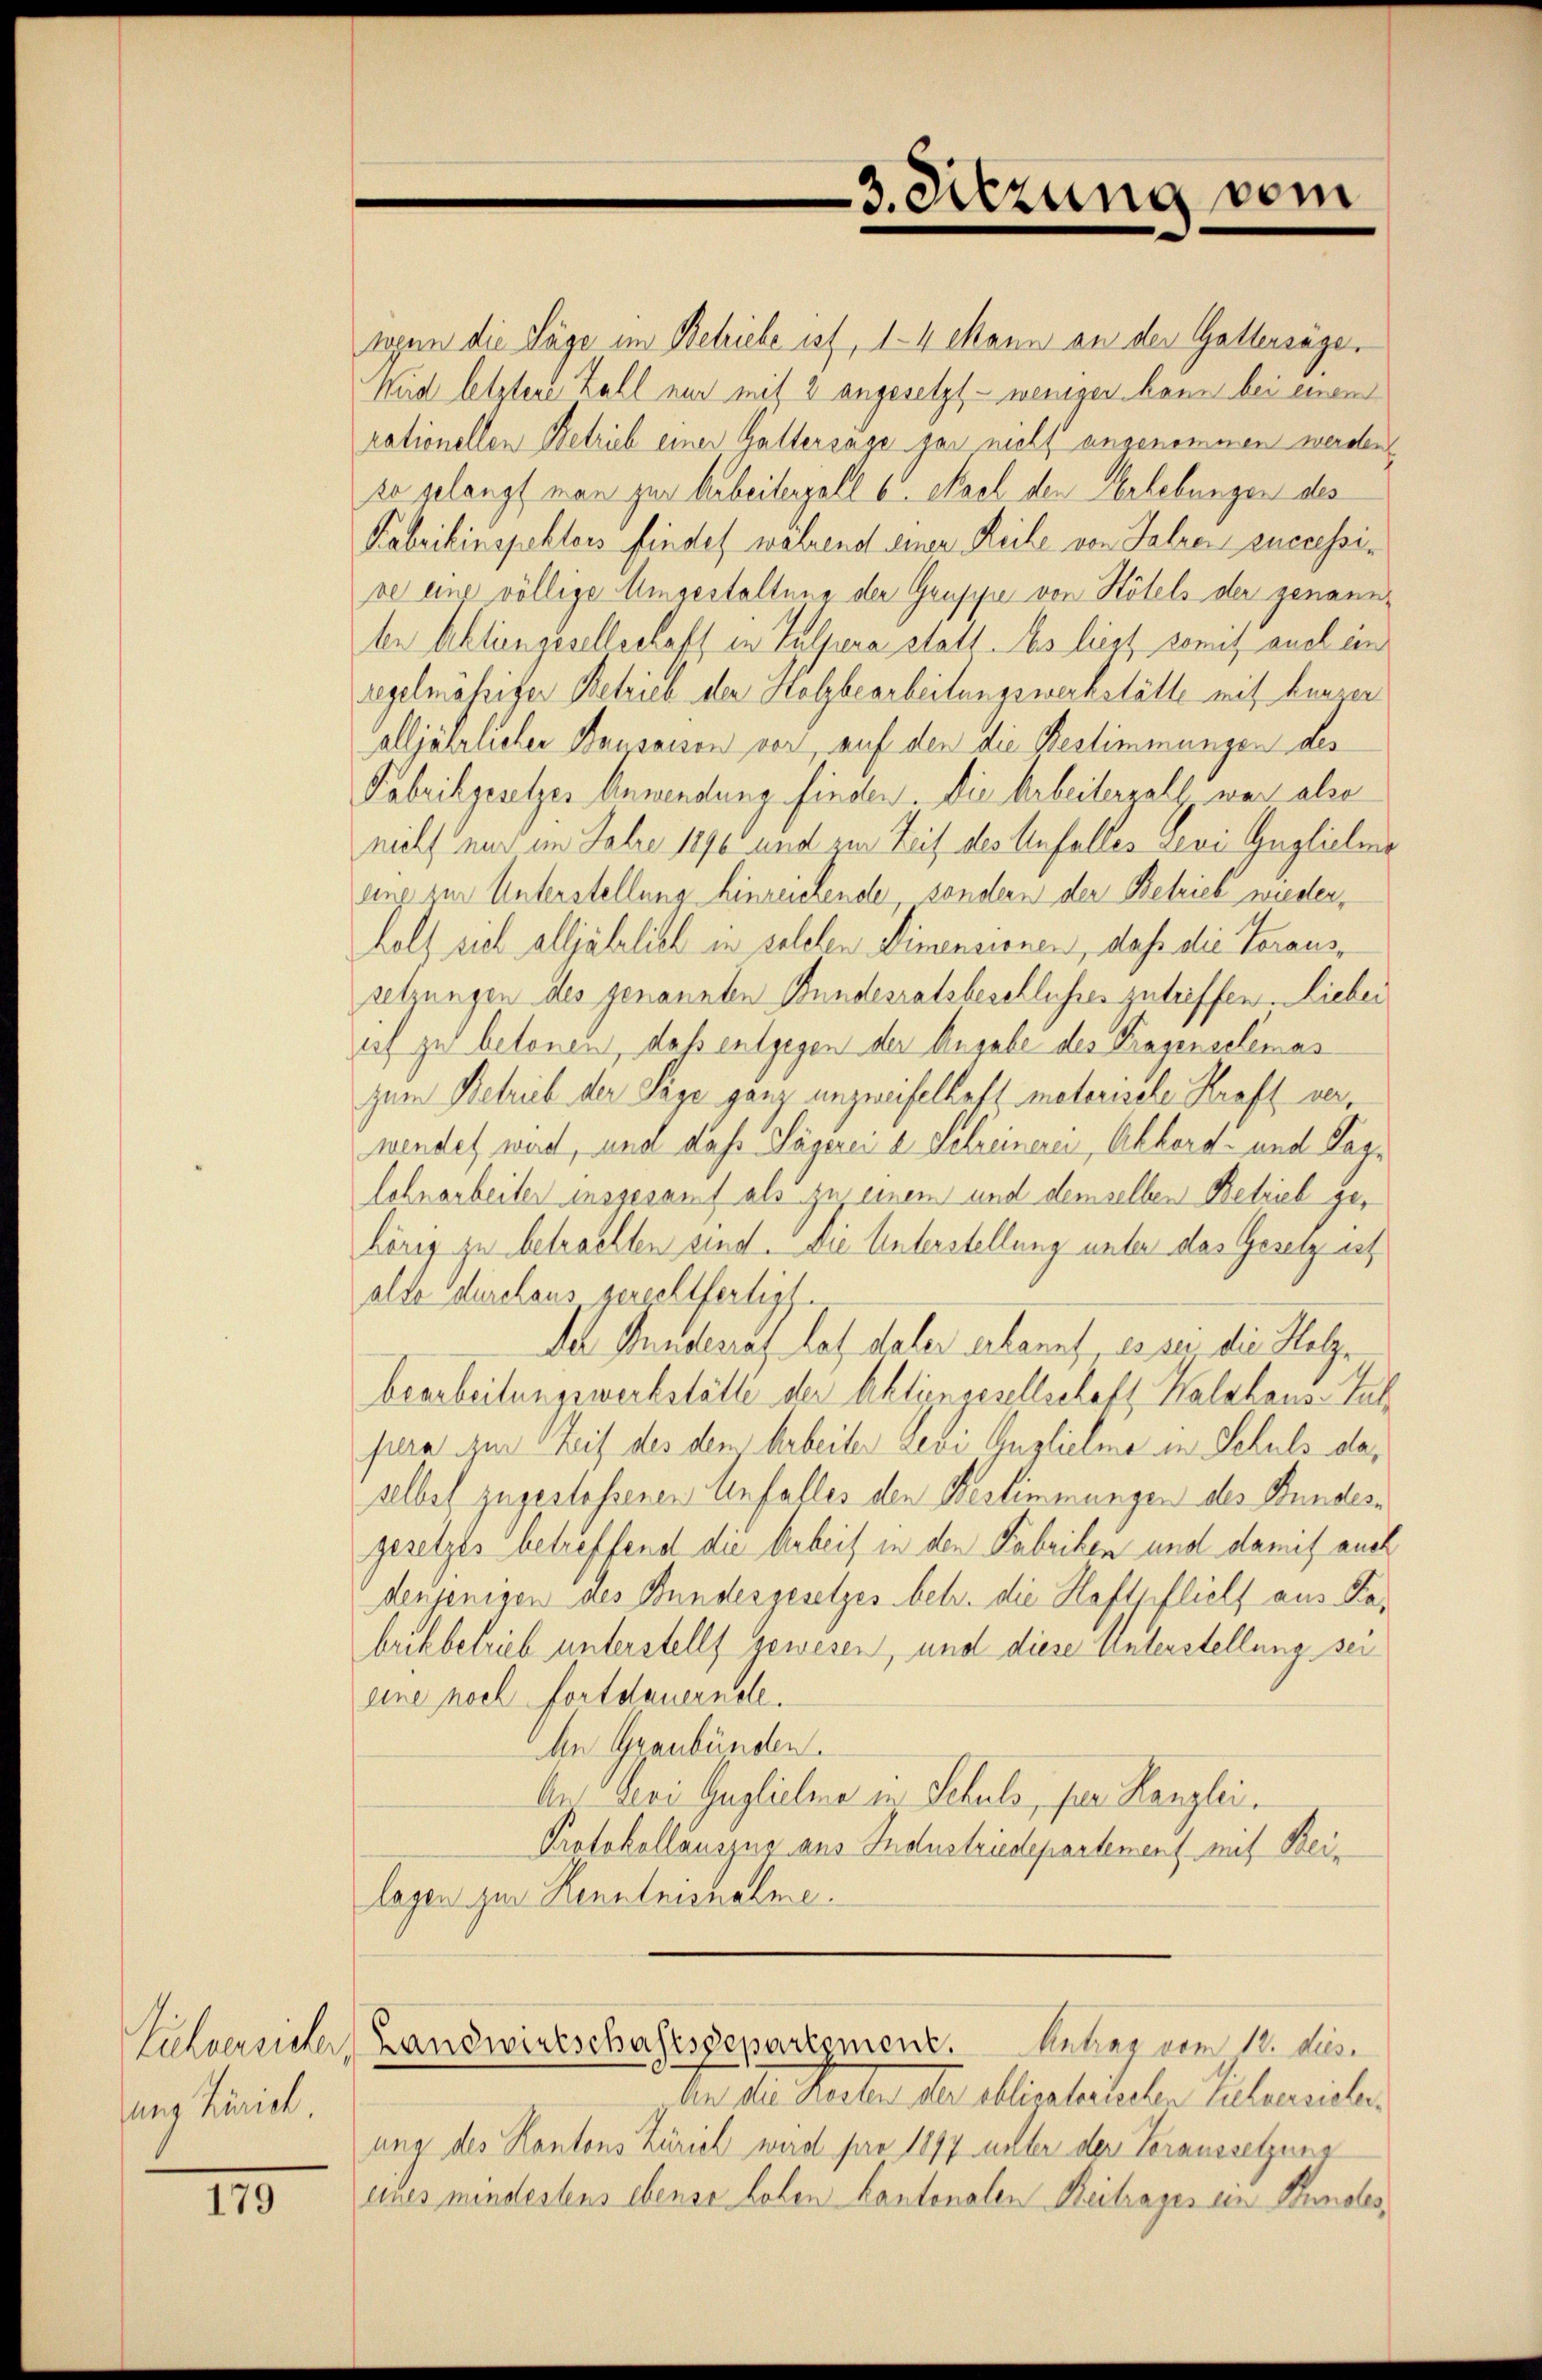
ung Zürich.

III.

rogen die Lage im Behiebe ist, 14 Mann an der Gattersäger
Wird letztere Zahl nur mit 2 angesetzt - weniger kann bei einem
rationellen Betrieb einer Galtersage gar nicht angenommen werden
ze gelangt man zur Arbeitenzell 6. Nach den Erhebungen des
Kabrikinspektors findet während einer Reihe von Jahren successive eine völlige Umgestaltung der Gruppe von Kötels der genannten Aktiengesellschaft in Tulpera statt. Es liess somit auch ein
regelmässiger Betrieb der Holzbearbeitungswerkstätte mit Hauser
alljährlicher Bausaison vor, auf den die Bestimmungen des
Fabrikgesetzes Anwendung finden. Die Arbeitergall, was also
niels nur im Jahre 1896 und zur Zeit des Unfalles Levi Guglichene
eine zur Unterstellung hinreichende sondern der Betrieb wieder,
holz sich alljährlich in solchen Dimensionen, daß die Voraussetzungen des genannten Bundesratsbeschlusses zutreffen. Liebei
if zu betonen, daß entgegen der Angabe des Prasenselemas
zum Betrieb der Säge ganz unzweifelhaft meterisele Kraft verwendet wird, und daß Jägerei a Schreinerei, Akkord- und Taglchnarbeiter insgesamt als zu einem und demselben Betrieb gehères zu betrachten sind. Die Unterstellung unter das Gesetz ist
alte durchaus gerechtfertigt.
Da Kunderruf les daher erkannt es an die Katze
bearbeitungswerkstätte der Aktiengesellschaft Waldhaus. Jul
jura zur Zeit des den Arbeiter Levi Gugliche in Schuls daselbel zugestossenen Unfalles den Bestimmungen des Bundesgesetzes betreffend die Arbeit in den Fabriken und damit auch
denjenigen des Bundesgesetzes betr. die Haftpflicht aus Kabrikbetrieb unterstellt gewesen, und diese Unterstellung sei
eine noch fortdauerndle.
An Graubünden.
Ans Levi Guglichene in Schuls, für Kanzlei.
Protokollauszug aus Industriedepartement mit Beilagen zur Kenntnisnahme.
Sühnersicher Landwirtschaftsdepartement. Antrag vom 11. ds.
den der Karten der allerleiteren Zulerische.
ung des Kantons Zürich wird pro 1877 unter der Voraussetzung
eines mindestens ebenso hohen Kantonalen Beitrages ein Bundes¬

3. Sitzung vom